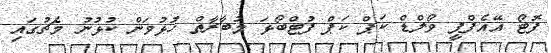
ފޮޓޯ އޭއެފްޕީ ވޯލްޑް ކަޕް ކަޕް ފުޓްބޯޅަ މުބާރާތް ހުޅުވަން ކުޅުނު މެޗުގައި